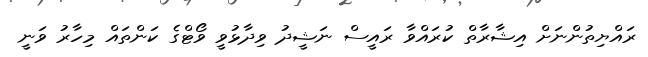
ރައްޔިތުންނަށް އިޝާރާތް ކުރައްވާ ރައީސް ނަޝީދު ވިދާޅުވީ ވޯޓްގެ ކަންތައް މިހާރު ވަނީ